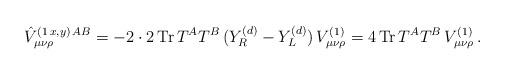
LaTeX: \begin{align*}\hat{V}_{\mu\nu\rho}^{(1\,x,y)\,AB}=-2\cdot 2\,{\rm Tr}\,T^AT^B\,(Y_R^{(d)}-Y_L^{(d)})\, V_{\mu\nu\rho}^{(1)}=4\,{\rm Tr}\,T^AT^B\,V_{\mu\nu\rho}^{(1)}\, . \end{align*}